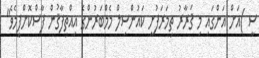
ސީ )އަށް އަންގައި މި ޤަރާރު ތިމަރަފުށީ ކައުންސިލް މެމްބަރުންގެ އިއްތިފާޤުން ފާސްކޮށްފީމެވެ"